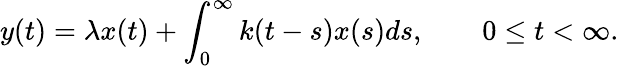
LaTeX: y(t)=\lambda x(t)+\int_{0}^{\infty}k(t-s)x(s)ds,\qquad 0\leq t<\infty.